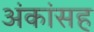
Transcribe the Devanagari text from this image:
अंकांसह